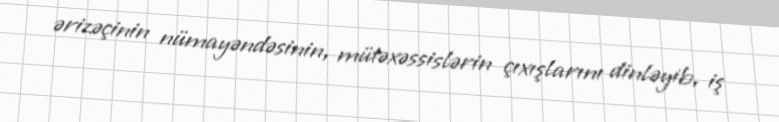
ərizəçinin nümayəndəsinin, mütəxəssislərin çıxışlarını dinləyib, iş